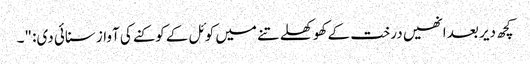
کچھ دیر بعد انھیں درخت کے کھوکھلے تنے میں کوئل کے کوکنے کی آواز سنائی دی: "۔